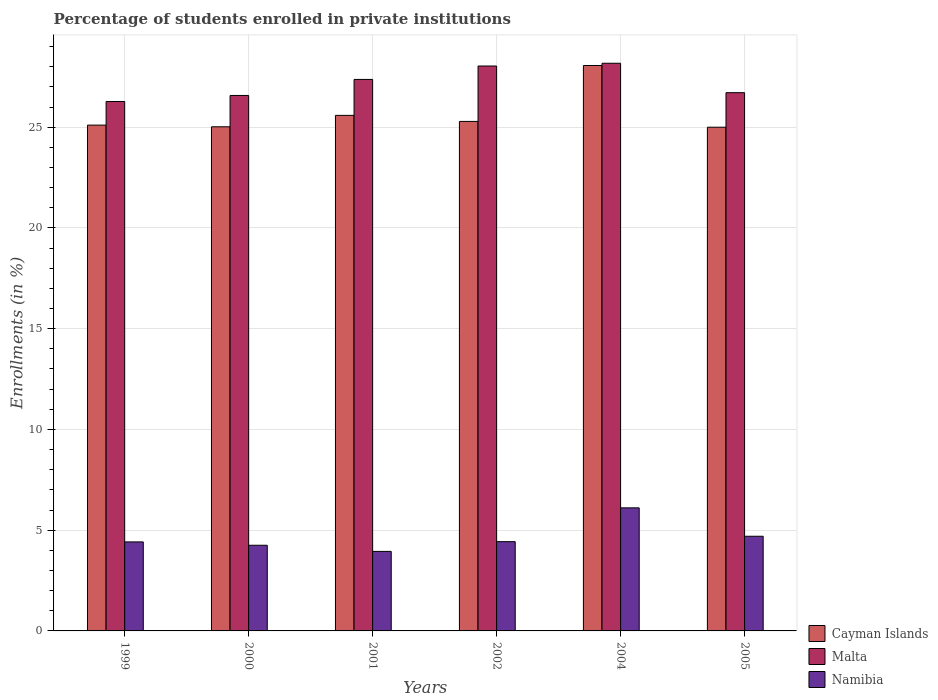
| Years | Cayman Islands | Malta | Namibia |
 | --- | --- | --- | --- |
 | 1999 | 25.1 | 26.3 | 4.42 |
 | 2000 | 25 | 26.6 | 4.25 |
 | 2001 | 25.6 | 27.4 | 3.95 |
 | 2002 | 25.3 | 28 | 4.43 |
 | 2004 | 28.1 | 28.2 | 6.11 |
 | 2005 | 25 | 26.7 | 4.7 |